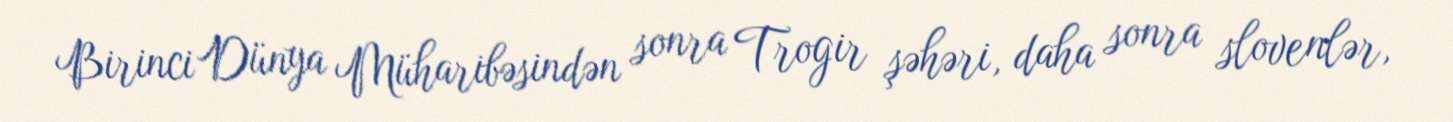
Birinci Dünya Müharibəsindən sonra Trogir şəhəri, daha sonra slovenlər,